Medical and sanitary report of the native army of Bengal for the year
Year: 1875
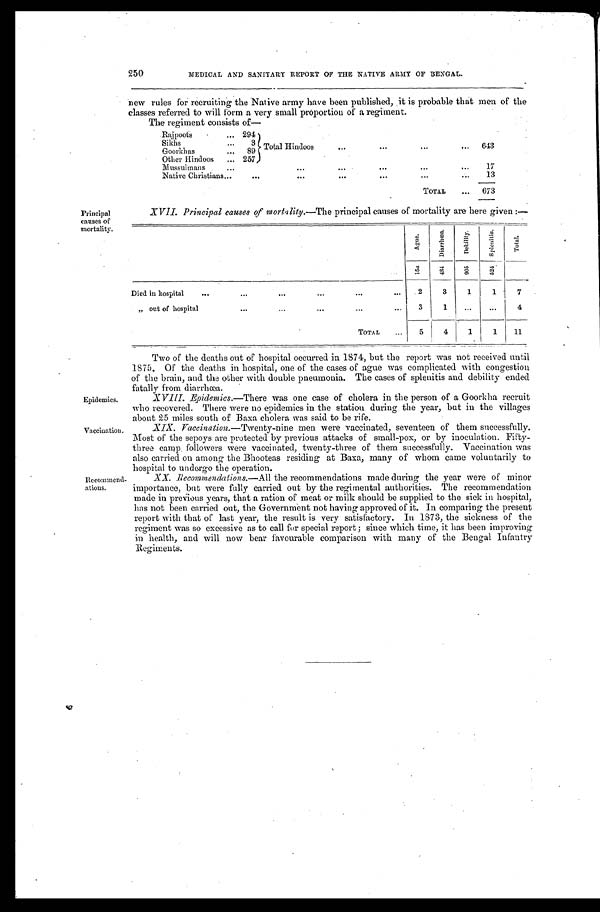
250
MEDICAL AND SANITARY REPORT OF THE NATIVE ARMY OF BENGAL.
new rules for recruiting the Native army have been published, it is probable that men of the
classes referred to will form a very small proportion of a regiment.
T h e r e g i m e n t c o n s i s t s o f —
Rajpoots
294
Total Hindoos
Sikhs
3
643
Goorkhas
8
...
Other Hindoos
257
Mussulmans
17
Native Christians
13
TOTAL
673
Principal
causes of
mortality.
XVII. Principal causes of mortality.—The principal causes of mortality are here given:—
A g u e .
D i a r r o h œ a .
Debility.
S p l e n i t i s .
T o t a l .
1 5
a
4 8 4
9 0 5
5 2 4
Died in hospital
2
3
1
1
7
„ out of hospital
3
1
4
TOTAL
5
4
1
1 11
Epidemics.
Vaccination.
Recommend
-
ations.
Two of the deaths out of hospital occurred in 1874, but the report was not received until
1875. Of the deaths in hospital, one of the cases of ague was complicated with congestion
of the brain, and the other with double pneumonia. The cases of splenitis and debility ended
fatally from diarrhœa.
XVIII. Epidemics.—There was one case of cholera in the person of a Goorkha recruit
who recovered. There were no epidemics in the station during the year, but in the villages
about 25 miles south of Baxa cholera was said to be rife.
XIX. Vaccination.—Twenty-nine men were vaccinated, seventeen of them successfully.
Most of the sepoys are protected by previous attacks of small-pox, or by inoculation. Fifty-
three camp followers were vaccinated, twenty-three of them successfully. Vaccination was
also carried on among the Bhooteas residing at Baxa, many of whom came voluntarily to
hospital to undergo the operation.
XX. Recommendations.— A l l t h e r e c o m m e n d a t i o n s m a d e d u r i n g t h e y e a r w e r e o f m i n o r
importance, but were fully carried out by the regimental authorities. The recommendation
made in previous years, that a ration of meat or milk should be supplied to the sick in hospital,
has not been carried out, the Government not having approved of it. In comparing the present
report with that of last year, the result is very satisfactory. In 1873, the sickness of the
regiment was so excessive as to call for special report; since which time, it has been improving
in health, and will now bear favourable comparison with many of the Bengal Infantry
Regiments.